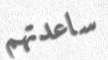
ساعدتهم